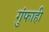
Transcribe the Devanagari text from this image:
गुंफाही